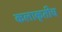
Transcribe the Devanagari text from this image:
कलाकृतीच